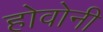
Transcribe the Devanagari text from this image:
होवोनी